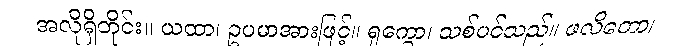
အလိုရှိတိုင်း။ ယထာ၊ ဥပမာအားဖြင့်။ ရုက္ခော၊ သစ်ပင်သည်။ ဖလိတော၊